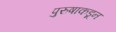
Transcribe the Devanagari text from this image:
पुरुषाकडून